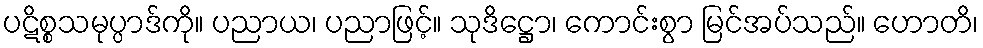
ပဋိစ္စသမုပ္ပာဒ်ကို။ ပညာယ၊ ပညာဖြင့်။ သုဒိဋ္ဌော၊ ကောင်းစွာ မြင်အပ်သည်။ ဟောတိ၊